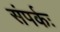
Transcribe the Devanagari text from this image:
संपर्कः